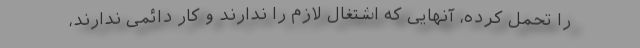
را تحمل کرده، آنهایی که اشتغال لازم را ندارند و کار دائمی ندارند،